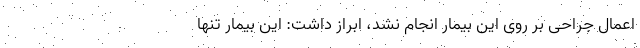
اعمال جراحی بر روی این بیمار انجام نشد، ابراز داشت: این بیمار تنها